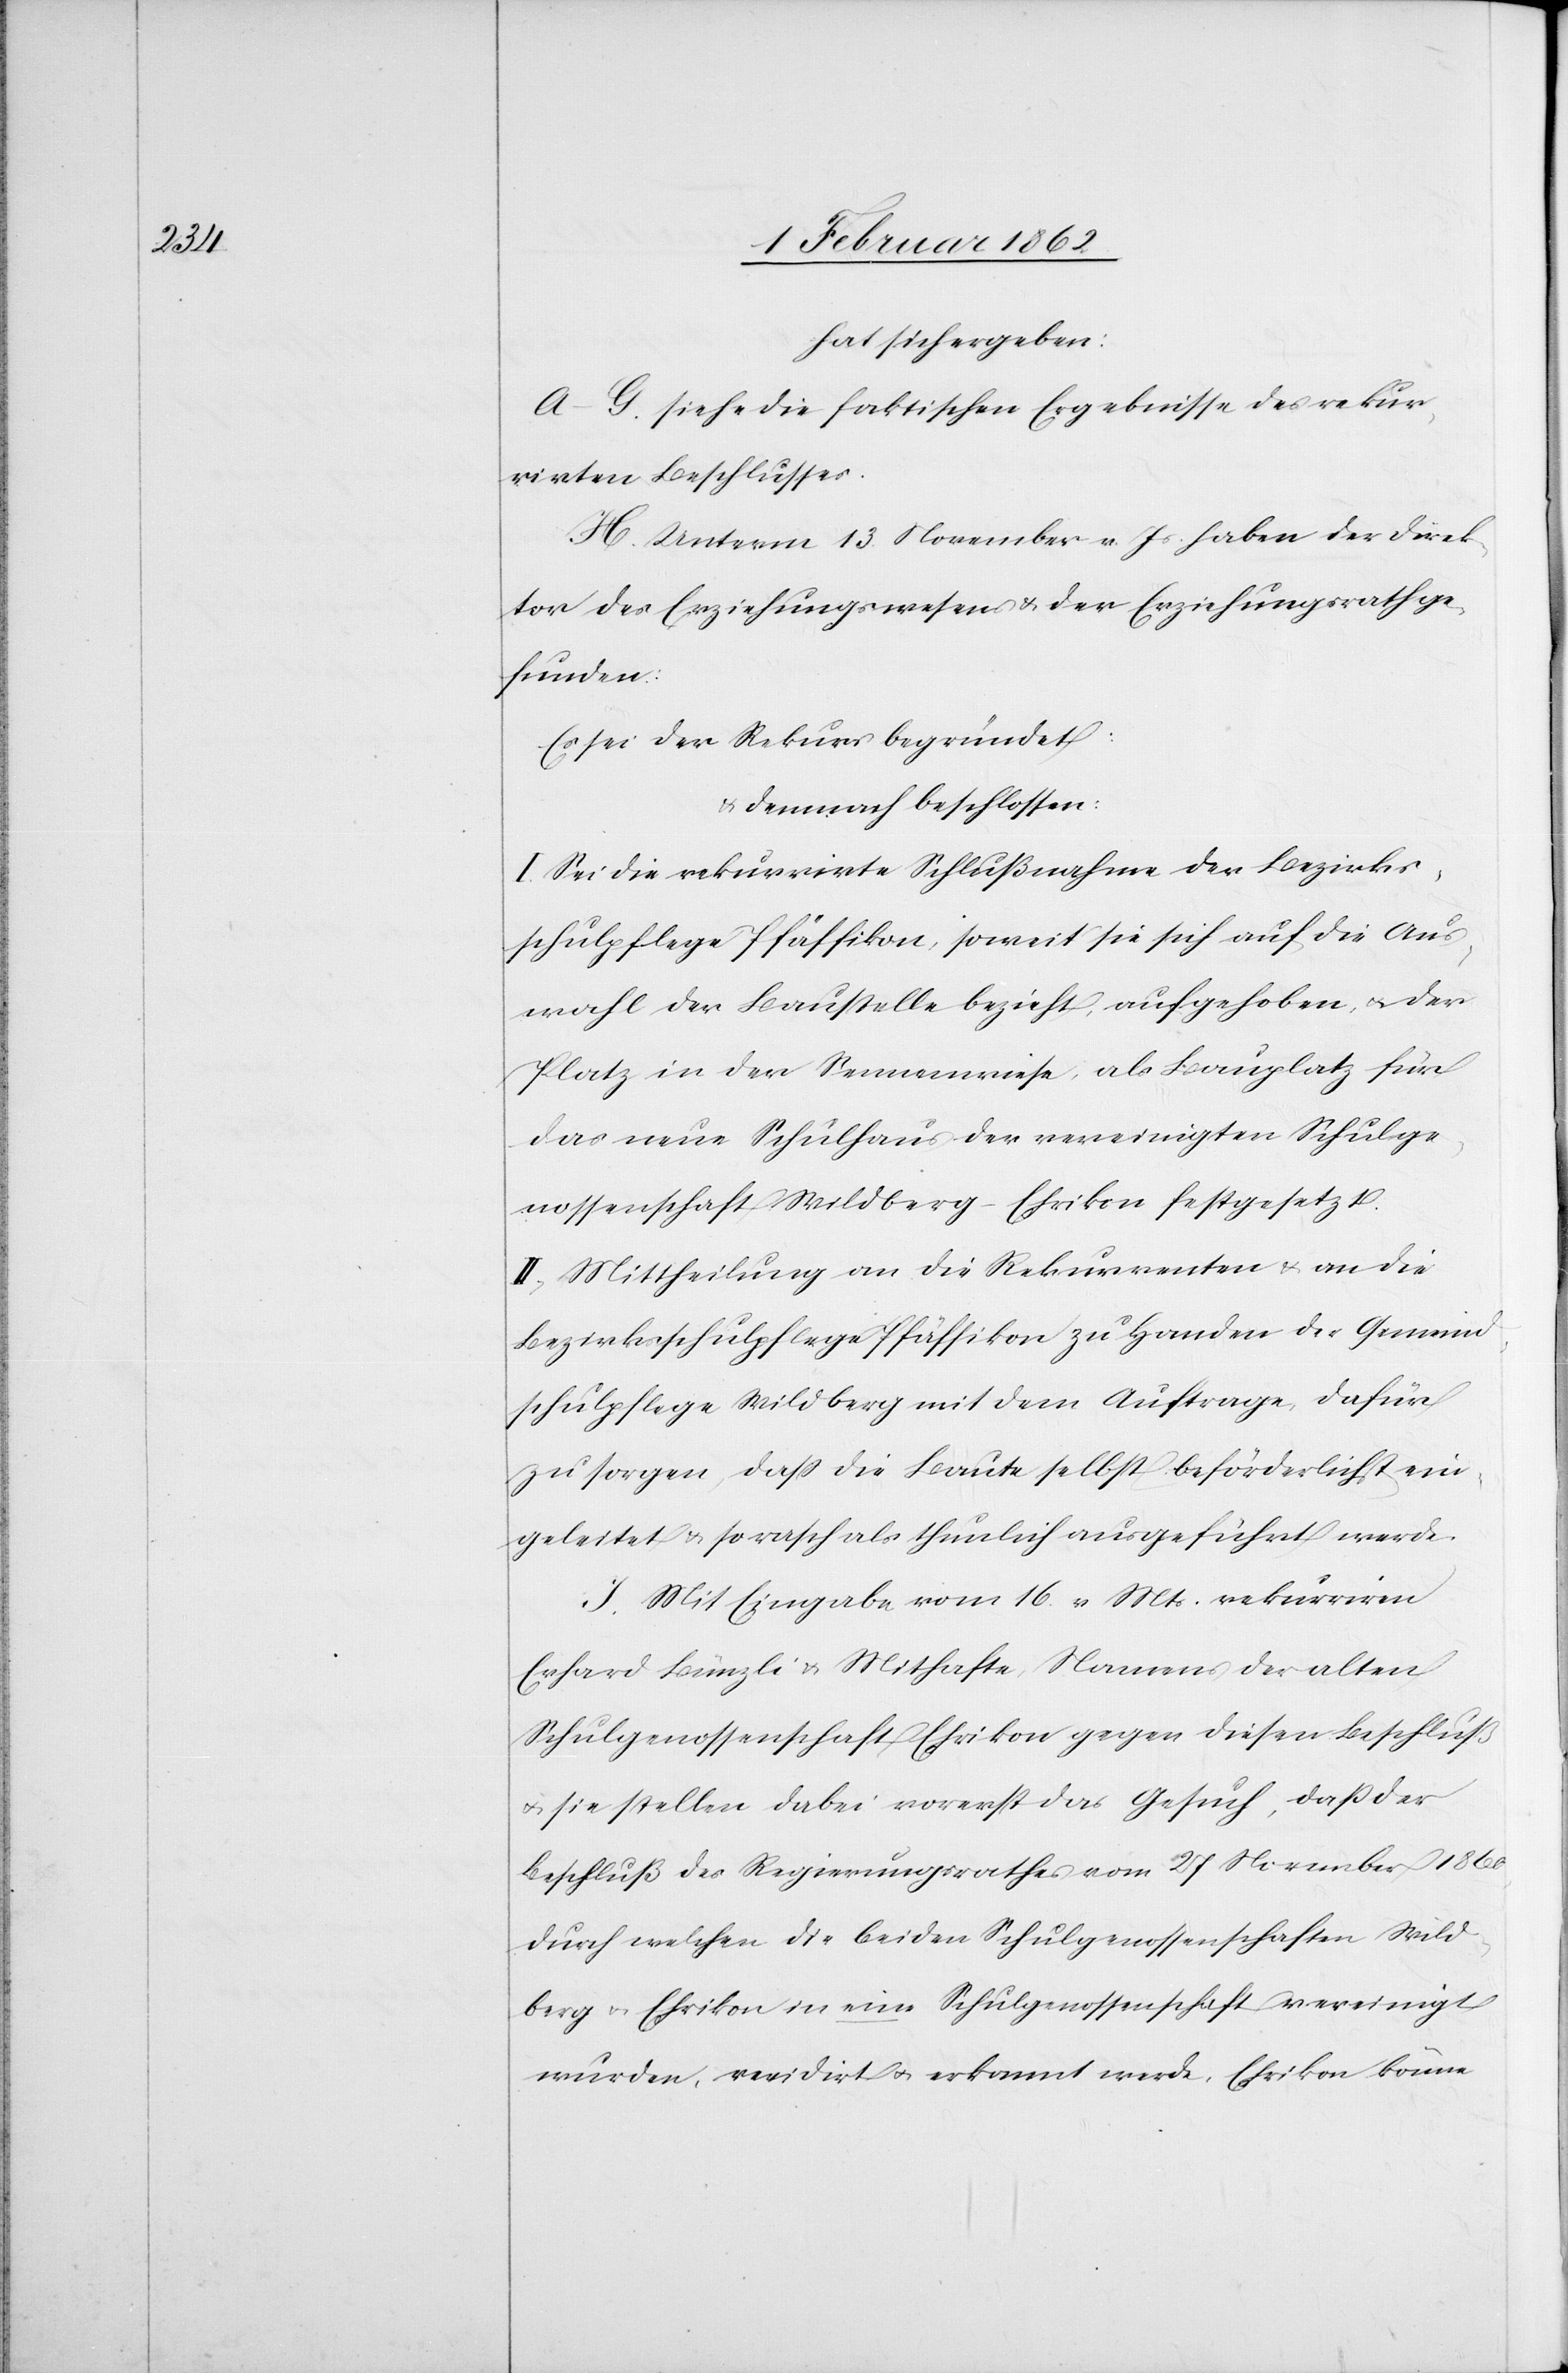
hat sich ergeben:
A – G. siehe die faktischen Ergebnisse des rekur¬
rirten Beschlusses.
H. Unterm 13. November v. Js. haben der Direk¬
tor des Erziehungswesens & der Erziehungsrath ge¬
funden:
Es sei der Rekurs begründet:
demnach beschlossen:
I. Sei die rekurrirte Schlußnahme der Bezirks¬
schulpflege Pfäffikon, soweit sie sich auf die Aus¬
wahl der Baustelle bezieht, aufgehoben, u. der
Platz in der Sennenwiese als Bauplatz für
das neue Schulhaus der vereinigten Schulge¬
nossenschaft Wildbert – Ehrikon festgesetzt.
II. Mittheilung an die Rekurrenten & an die
Bezirksschulpflege Pfäffikon zu Handen der Gemeind¬
schulpflege Wildberg mit dem Auftrage, dafür
zu sorgen, daß die Baute selbst beförderlichst ein¬
geleitet & so rasch als thunlich ausgeführt werde.
J. Mit Eingabe vom 16. v Mts. rekurriren
Erhard Bünzli u. Mithafte, Namens der alten
Schulgenossenschaft Ehrikon gegen diesen Beschluß
u. sie stellen dabei vorerst das Gesuch, daß der
Beschluß des Regierungsrathes vom 27 November 1860,
durch welchen die beiden Schulgenossenschaften Wild¬
berg u. Ehrikon in eine Schulgenossenschaft vereinigt
wurden, revidirt u. erkannt werde, Ehrikon könne